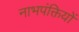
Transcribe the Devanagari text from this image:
नाभपंक्तियों